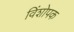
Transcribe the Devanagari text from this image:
विंशोपक